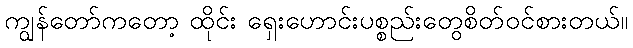
ကျွန်တော်ကတော့ ထိုင်း ရှေးဟောင်းပစ္စည်းတွေစိတ်ဝင်စားတယ်။